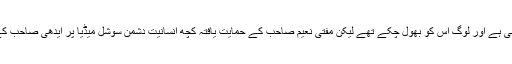
گو کہ یہ بات تین سال پرانی ہے اور لوگ اس کو بھول چکے تھے لیکن مفتی نعیم صاحب کے حمایت یافتہ کچھ انسانیت دشمن سوشل میڈیا پر ایدھی صاحب کے خلاف مہم چلارہے ہیں۔